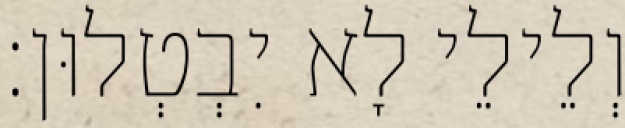
וְלֵילֵי לָא יִבְטְלוּן׃